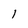
Character: l